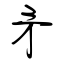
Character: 矛